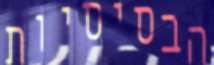
הבסיסיות